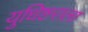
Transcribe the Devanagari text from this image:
युधिष्टराला